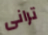
ترانى